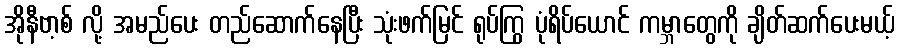
အိုနီဗာ့စ် လို့ အမည်ပေး တည်ဆောက်နေပြီး သုံးဖက်မြင် ရုပ်ကြွ ပုံရိပ်ယောင် ကမ္ဘာတွေကို ချိတ်ဆက်ပေးမယ့်